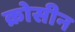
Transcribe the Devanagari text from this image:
क्रोसीन